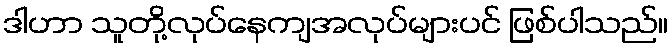
ဒါဟာ သူတို့လုပ်နေကျအလုပ်များပင် ဖြစ်ပါသည်။